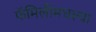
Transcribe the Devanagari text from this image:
फॅमिलीमधल्या